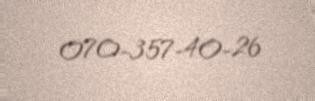
070-357-40-26